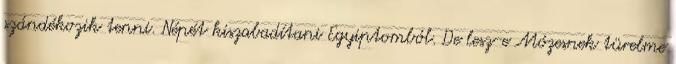
szándékozik tenni. Népét kiszabadítani Egyiptomból. De lesz-e Mózesnek türelme